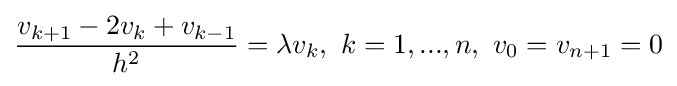
{\frac {v_{k+1}-2v_{k}+v_{k-1}}{h^{2}}}=\lambda v_{k},\ k=1,...,n,\ v_{0}=v_{n+1}=0